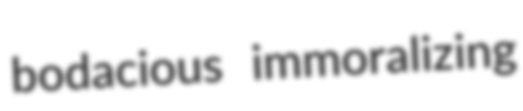
bodacious immoralizing